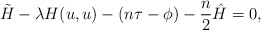
\begin{align*}{\tilde H}-\lambda H(u,u)-(n\tau-\phi)-\frac{n}{2}{\hat H}=0,\end{align*}